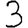
Digit: 3